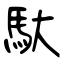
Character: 馱